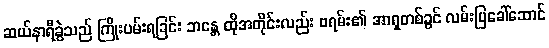
ဆယ်နာရီခွဲသည် ကြိုးပမ်းရခြင်း ဘန္တေ ထိုအတိုင်းလည်း ဗရမ်း၏ အာရှတစ်ခွင် လမ်းပြခေါ်ဆောင်